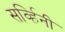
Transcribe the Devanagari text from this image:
सर्व्हिनी